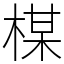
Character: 楳